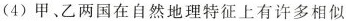
(4)甲、乙两国在自然地理特征上有许多相似